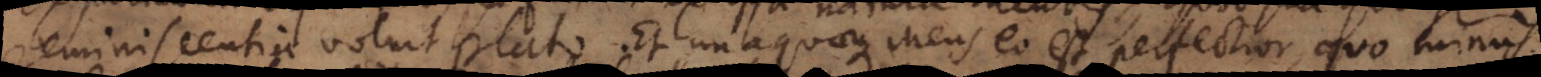
reminiscentia voluit Plato. Et unaquaeque mens eo est perfectior, quo minus